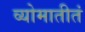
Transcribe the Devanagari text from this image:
व्योमातीतं